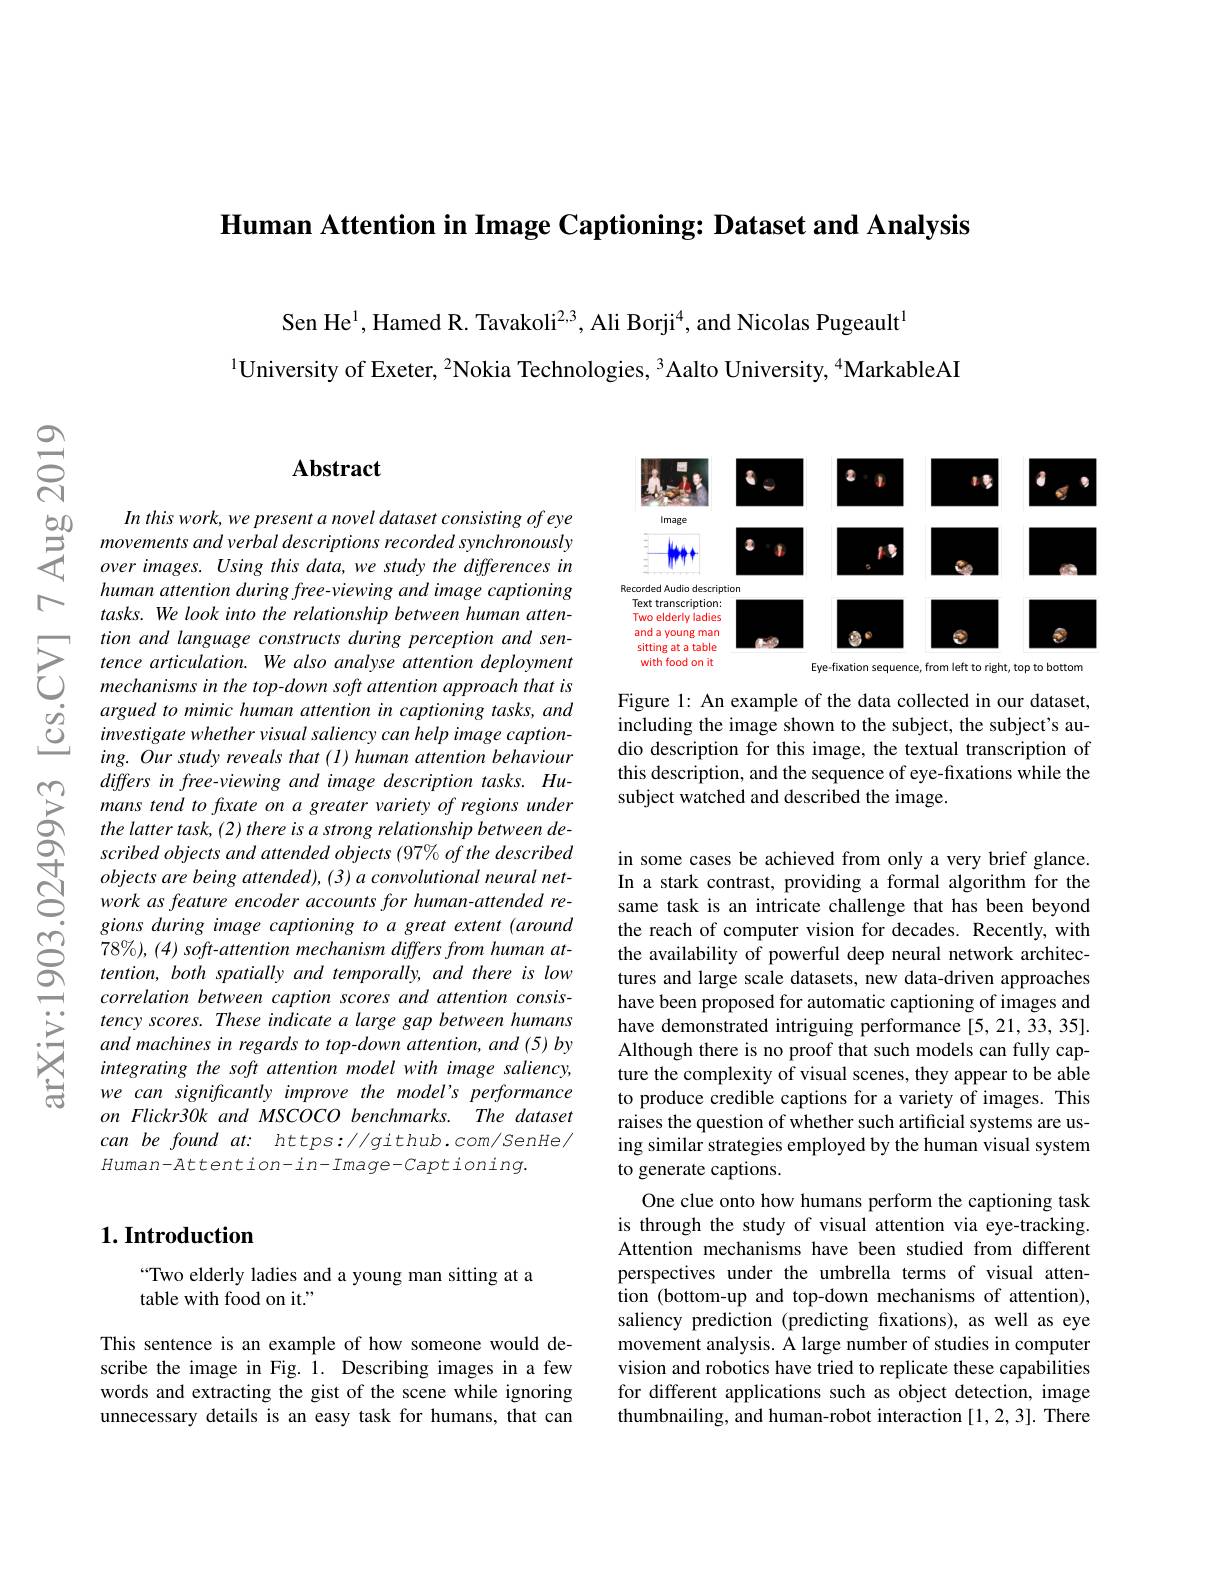
Human Attention in Image Captioning: Dataset and Analysis

Sen He$^1$,Hamed R. Tavakoli$^2,3$, Ali Borji$^4$,and Nicolas Pugeault$^1$
$^{1}$University of Exeter, $^2$Nokia Technologies, $^3$Aalto University, $^{4}$MarkableAI

$ଶ୍ନି$

### $\mathbf{Abstract}$

$\begin{array}{ccc}{50}&{In\:this\:work,\:we\:present\:a\:novel\:dataset\:consisting\:of\:eye\\{50}}&{movements\:and\:verbal\:descriptions\:recorded\:synchronously}\\{5}&{over\:images.\:Using\:this\:data,\:we\:study\:the\:differences\:in}\end{array}$
human attention during free-viewing and image captioning tasks. We look into the relationship between human attention and language constructs during perception and sentence articulation. We also analyse attention deployment mechanisms in the top-down soft attention approach that is argued to mimic human attention in captioning tasks, and investigate whether visual saliency can help image captioning. Our study reveals that (I) human attention behaviour differs in free-viewing and image description tasks. Humans tend to fxate on a greater variety of regions under the latter task, (2) there is a strong relationship between described objects and attended objects (97% of the described $objectsarebeingattended),(3)aconvolutional$ neural network as feature encoder accounts for human-attended regions during image captioning to a great extent (around $78\%),(4)soft-attentionmechanism$ differs from human attention, both spatially and temporally, and there is low correlation between caption scores and attention consistency scores. These indicate a large gap between humans and machines in regards to top-down attention, and (5) by integrating the soft attention model with image saliency, we can significantly improve the model's performance on Flickr30k and MSCOCO benchmarks. The dataset can be found at: https://github.com/SenHe/ $Human-\bar{A}ttention-in-Image-Captioning.$

## $1. \textbf{Introduction}$

“Two elderly ladies and a young man sitting at a
table with food on it."

This sentence is an example of how someone would describe the image in Fig. 1. Describing images in a few words and extracting the gist of the scene while ignoring unnecessary details is an easy task for humans, that can

<FigureHere>

Figure 1: An example of the data collected in our dataset, including the image shown to the subject, the subject's audio description for this image, the textual transcription of this description, and the sequence of eye-fixations while the subject watched and described the image.

in some cases be achieved from only a very brief glance. In a stark contrast, providing a formal algorithm for the same task is an intricate challenge that has been beyond the reach of computer vision for decades. Recently, with the availability of powerful deep neural network architectures and large scale datasets, new data-driven approaches have been proposed for automatic captioning of images and have demonstrated intriguing performance [5,21,33,35]. Although there is no proof that such models can fully capture the complexity of visual scenes, they appear to be able to produce credible captions for a variety of images. This raises the question of whether such artificial systems are using similar strategies employed by the human visual system to generate captions.
One clue onto how humans perform the captioning task is through the study of visual attention via eye-tracking. Attention mechanisms have been studied from different perspectives under the umbrella terms of visual attention (bottom-up and top-down mechanisms of attention), saliency prediction (predicting fixations), as well as eye movement analysis. A large number of studies in computer vision and robotics have tried to replicate these capabilities for different applications such as object detection, image thumbnailing, and human-robot interaction [1,2,3]. There